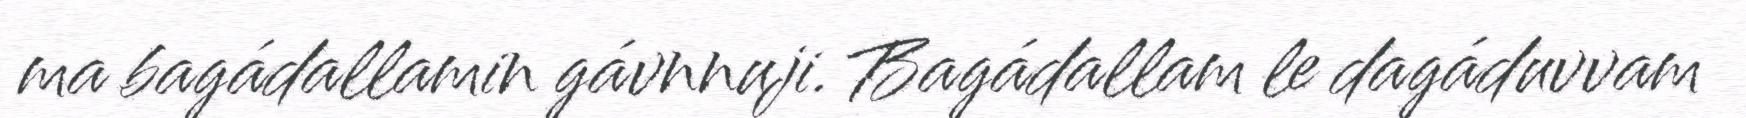
ma bagádallamin gávnnuji. Bagádallam le dagáduvvam